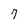
Character: 7